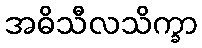
အဓိသီလသိက္ခာ